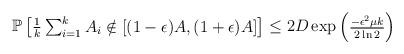
LaTeX: \begin{align*}\mathbb P\begin{bmatrix}{\frac 1k}\sum_{i=1}^kA_i\notin [(1-\epsilon)A,(1+\epsilon)A]\end{bmatrix}\leq 2D\exp\begin{pmatrix}{\frac{-\epsilon^2\mu k}{2\ln 2}}\end{pmatrix}\end{align*}